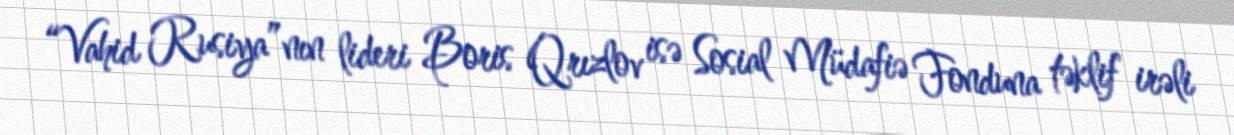
“Vahid Rusiya”nın lideri Boris Qrızlov isə Sosial Müdafiə Fonduna təklif irəli